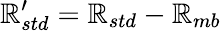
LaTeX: \mathbb{R}_{std}^{\prime}=\mathbb{R}_{std}-\mathbb{R}_{mb}